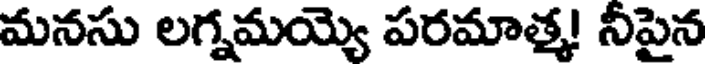
మనసు లగ్నమయ్యె పరమాత్మ! నీపైన